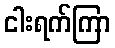
ငါးရက်ကြာ